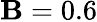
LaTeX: \mathbf{B}=0.6